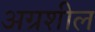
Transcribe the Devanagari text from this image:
अग्रशील